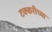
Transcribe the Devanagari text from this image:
टक्करीच्या